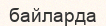
байларда